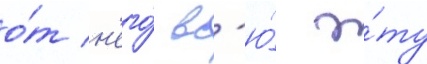
о́т н'его́ вс'ю́ э́ту